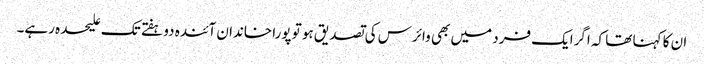
ان کا کہنا تھا کہ اگرایک فرد میں بھی وائرس کی تصدیق ہو تو پورا خاندان آئندہ دو ہفتے تک علیحدہ رہے۔